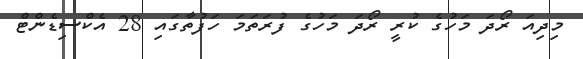
މިދިއަ ރޯދަ މަހުގެ ކުރީ ރޯދަ މަހުގެ ފުރަތަމަ ހަފުތާގައި 28 އެކްސިޑެންޓް